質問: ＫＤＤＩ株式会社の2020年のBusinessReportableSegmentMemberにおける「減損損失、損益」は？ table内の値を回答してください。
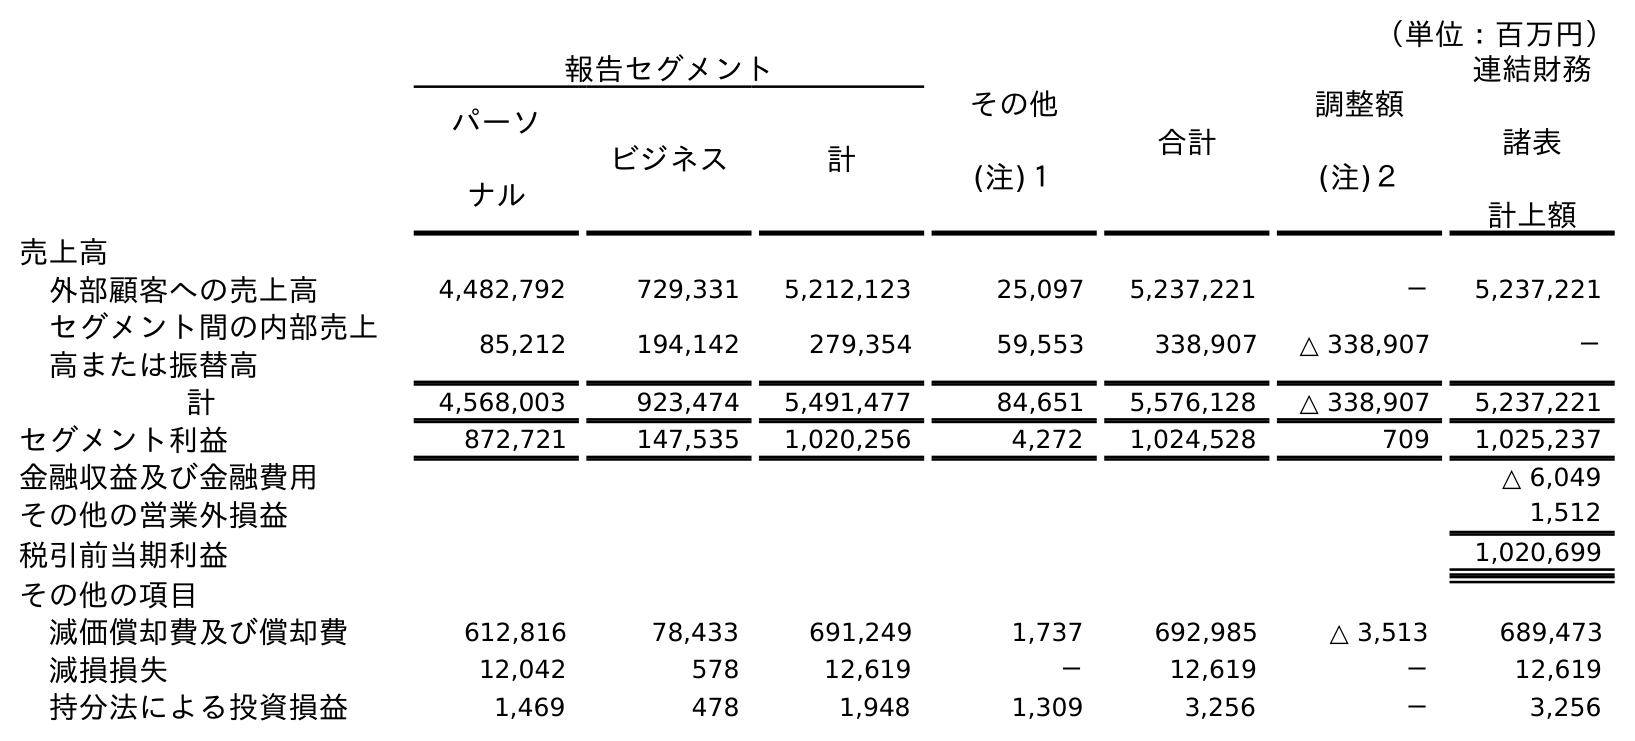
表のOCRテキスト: （単位：百万円） 報告セグメント その他 (注)１ 合計 調整額 (注)２ 連結財務 諸表 計上額 パーソ ナル ビジネス 計 売上高 外部顧客への売上高 4,482,792 729,331 5,212,123 25,097 5,237,221 － 5,237,221 セグメント間の内部売上 高または振替高 85,212 194,142 279,354 59,553 338,907 △ 338,907 － 計 4,568,003 923,474 5,491,477 84,651 5,576,128 △ 338,907 5,237,221 セグメント利益 872,721 147,535 1,020,256 4,272 1,024,528 709 1,025,237 金融収益及び金融費用 △ 6,049 その他の営業外損益 1,512 税引前当期利益 1,020,699 その他の項目 減価償却費及び償却費 612,816 78,433 691,249 1,737 692,985 △ 3,513 689,473 減損損失 12,042 578 12,619 － 12,619 － 12,619 持分法による投資損益 1,469 478 1,948 1,309 3,256 － 3,256
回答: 578